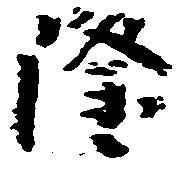
隆